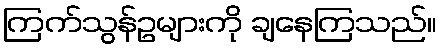
ကြက်သွန်ဥများကို ချနေကြသည်။